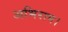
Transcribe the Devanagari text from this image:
अभिराम।